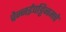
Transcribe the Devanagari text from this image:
चेन्नईपट्टिनमचे